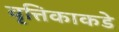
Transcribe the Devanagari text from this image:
वृत्तिकाकडे